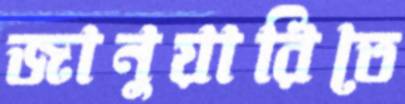
জানুয়ারিতে